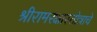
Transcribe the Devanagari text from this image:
श्रीरामरक्षास्तोत्राचे